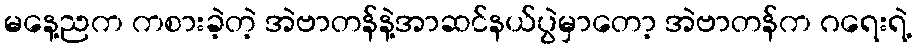
မနေ့ညက ကစားခဲ့တဲ့ အဲဗာတန်နဲ့အာဆင်နယ်ပွဲမှာတော့ အဲဗာတန်က ဂရေးရဲ့